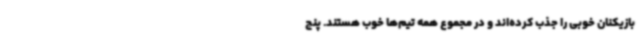
بازیکنان خوبی را جذب کرده‌اند و در مجموع همه تیم‌ها خوب هستند. پنج